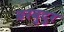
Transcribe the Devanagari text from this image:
बरबुदुर